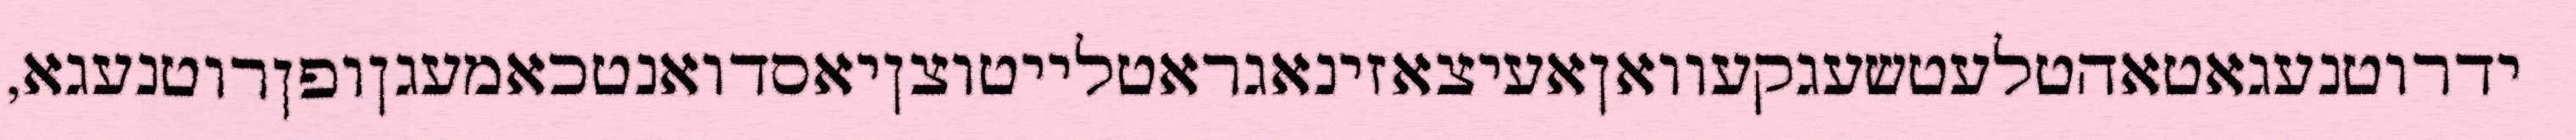
ידרוטנעגאטאהטלעטשעגקעוואןאעיצאזינאגראטלייטוצןיאסדואנטכאמעגןופןרוטנעגא,